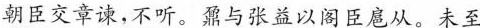
朝臣交章谏，不听。露与张益以阁臣扈从。未至